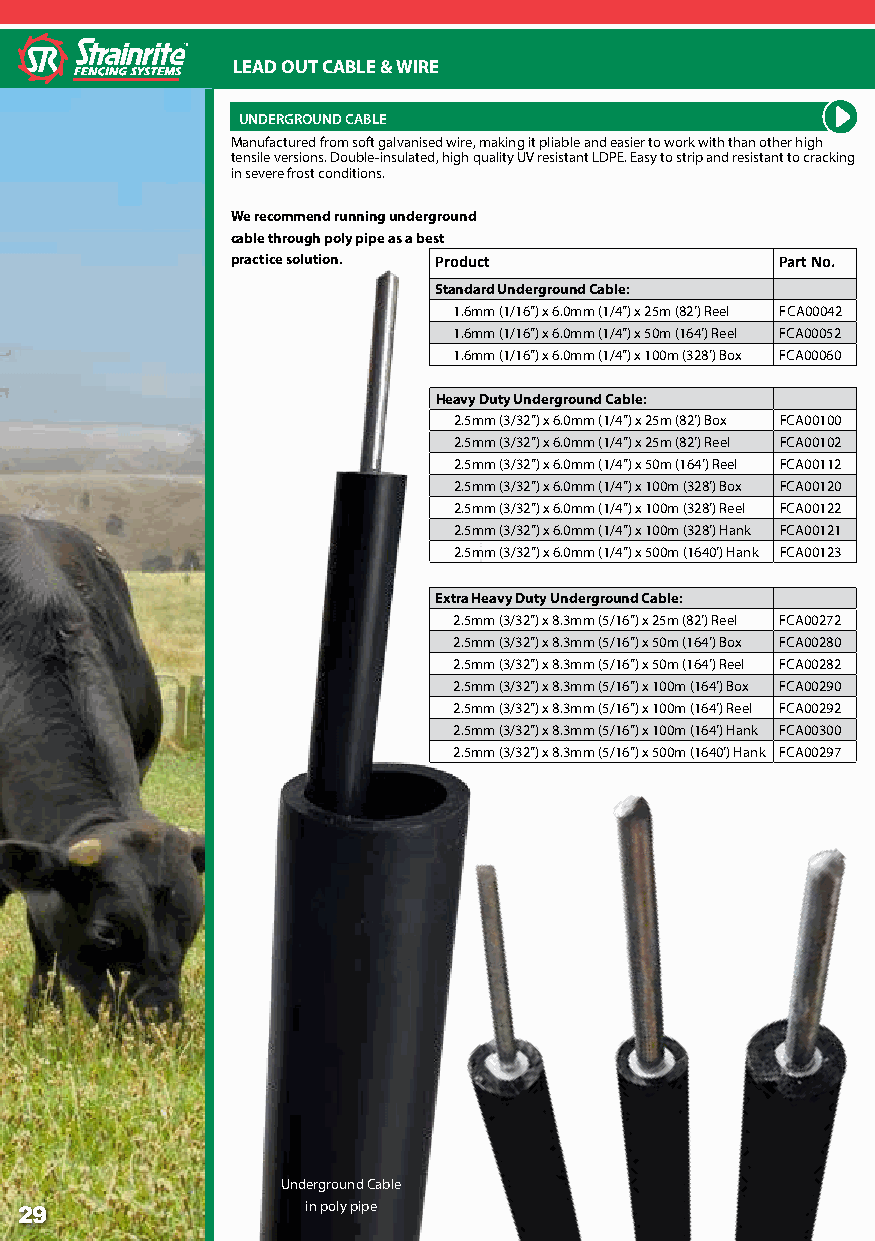
LEAD OUT CABLE & WIRE
 UNDERGROUND CABLE
 Manufactured from soft galvanised wire, making it pliable and easier to work with than other high
 tensile versions. Double-insulated, high quality UV resistant LDPE. Easy to strip and resistant to cracking
 in severe frost conditions.
 We recommend running underground
 cable through poly pipe as a best
 practice solution. Product           Part No.
 Standard Underground Cable:
 1.6mm (1/16”) x 6.0mm (1/4”) x 25m (82’) Reel FCA00042
 1.6mm (1/16”) x 6.0mm (1/4”) x 50m (164’) Reel FCA00052
 1.6mm (1/16”) x 6.0mm (1/4”) x 100m (328’) Box FCA00060
 Heavy Duty Underground Cable:
 2.5mm (3/32”) x 6.0mm (1/4”) x 25m (82’) Box FCA00100
 2.5mm (3/32”) x 6.0mm (1/4”) x 25m (82’) Reel FCA00102
 2.5mm (3/32”) x 6.0mm (1/4”) x 50m (164’) Reel FCA00112
 2.5mm (3/32”) x 6.0mm (1/4”) x 100m (328’) Box FCA00120
 2.5mm (3/32”) x 6.0mm (1/4”) x 100m (328’) Reel FCA00122
 2.5mm (3/32”) x 6.0mm (1/4”) x 100m (328’) Hank FCA00121
 2.5mm (3/32”) x 6.0mm (1/4”) x 500m (1640’) Hank FCA00123
 Extra Heavy Duty Underground Cable:
 2.5mm (3/32”) x 8.3mm (5/16”) x 25m (82’) Reel FCA00272
 2.5mm (3/32”) x 8.3mm (5/16”) x 50m (164’) Box FCA00280
 2.5mm (3/32”) x 8.3mm (5/16”) x 50m (164’) Reel FCA00282
 2.5mm (3/32”) x 8.3mm (5/16”) x 100m (164’) Box FCA00290
 2.5mm (3/32”) x 8.3mm (5/16”) x 100m (164’) Reel FCA00292
 2.5mm (3/32”) x 8.3mm (5/16”) x 100m (164’) Hank FCA00300
 2.5mm (3/32”) x 8.3mm (5/16”) x 500m (1640’) Hank FCA00297
 Underground Cable
 Underground Cable fed
 29               througinh paolclayt phiepnee pipe